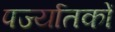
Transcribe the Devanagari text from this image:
पर्ज्यातकों